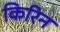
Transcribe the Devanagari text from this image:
किरिन